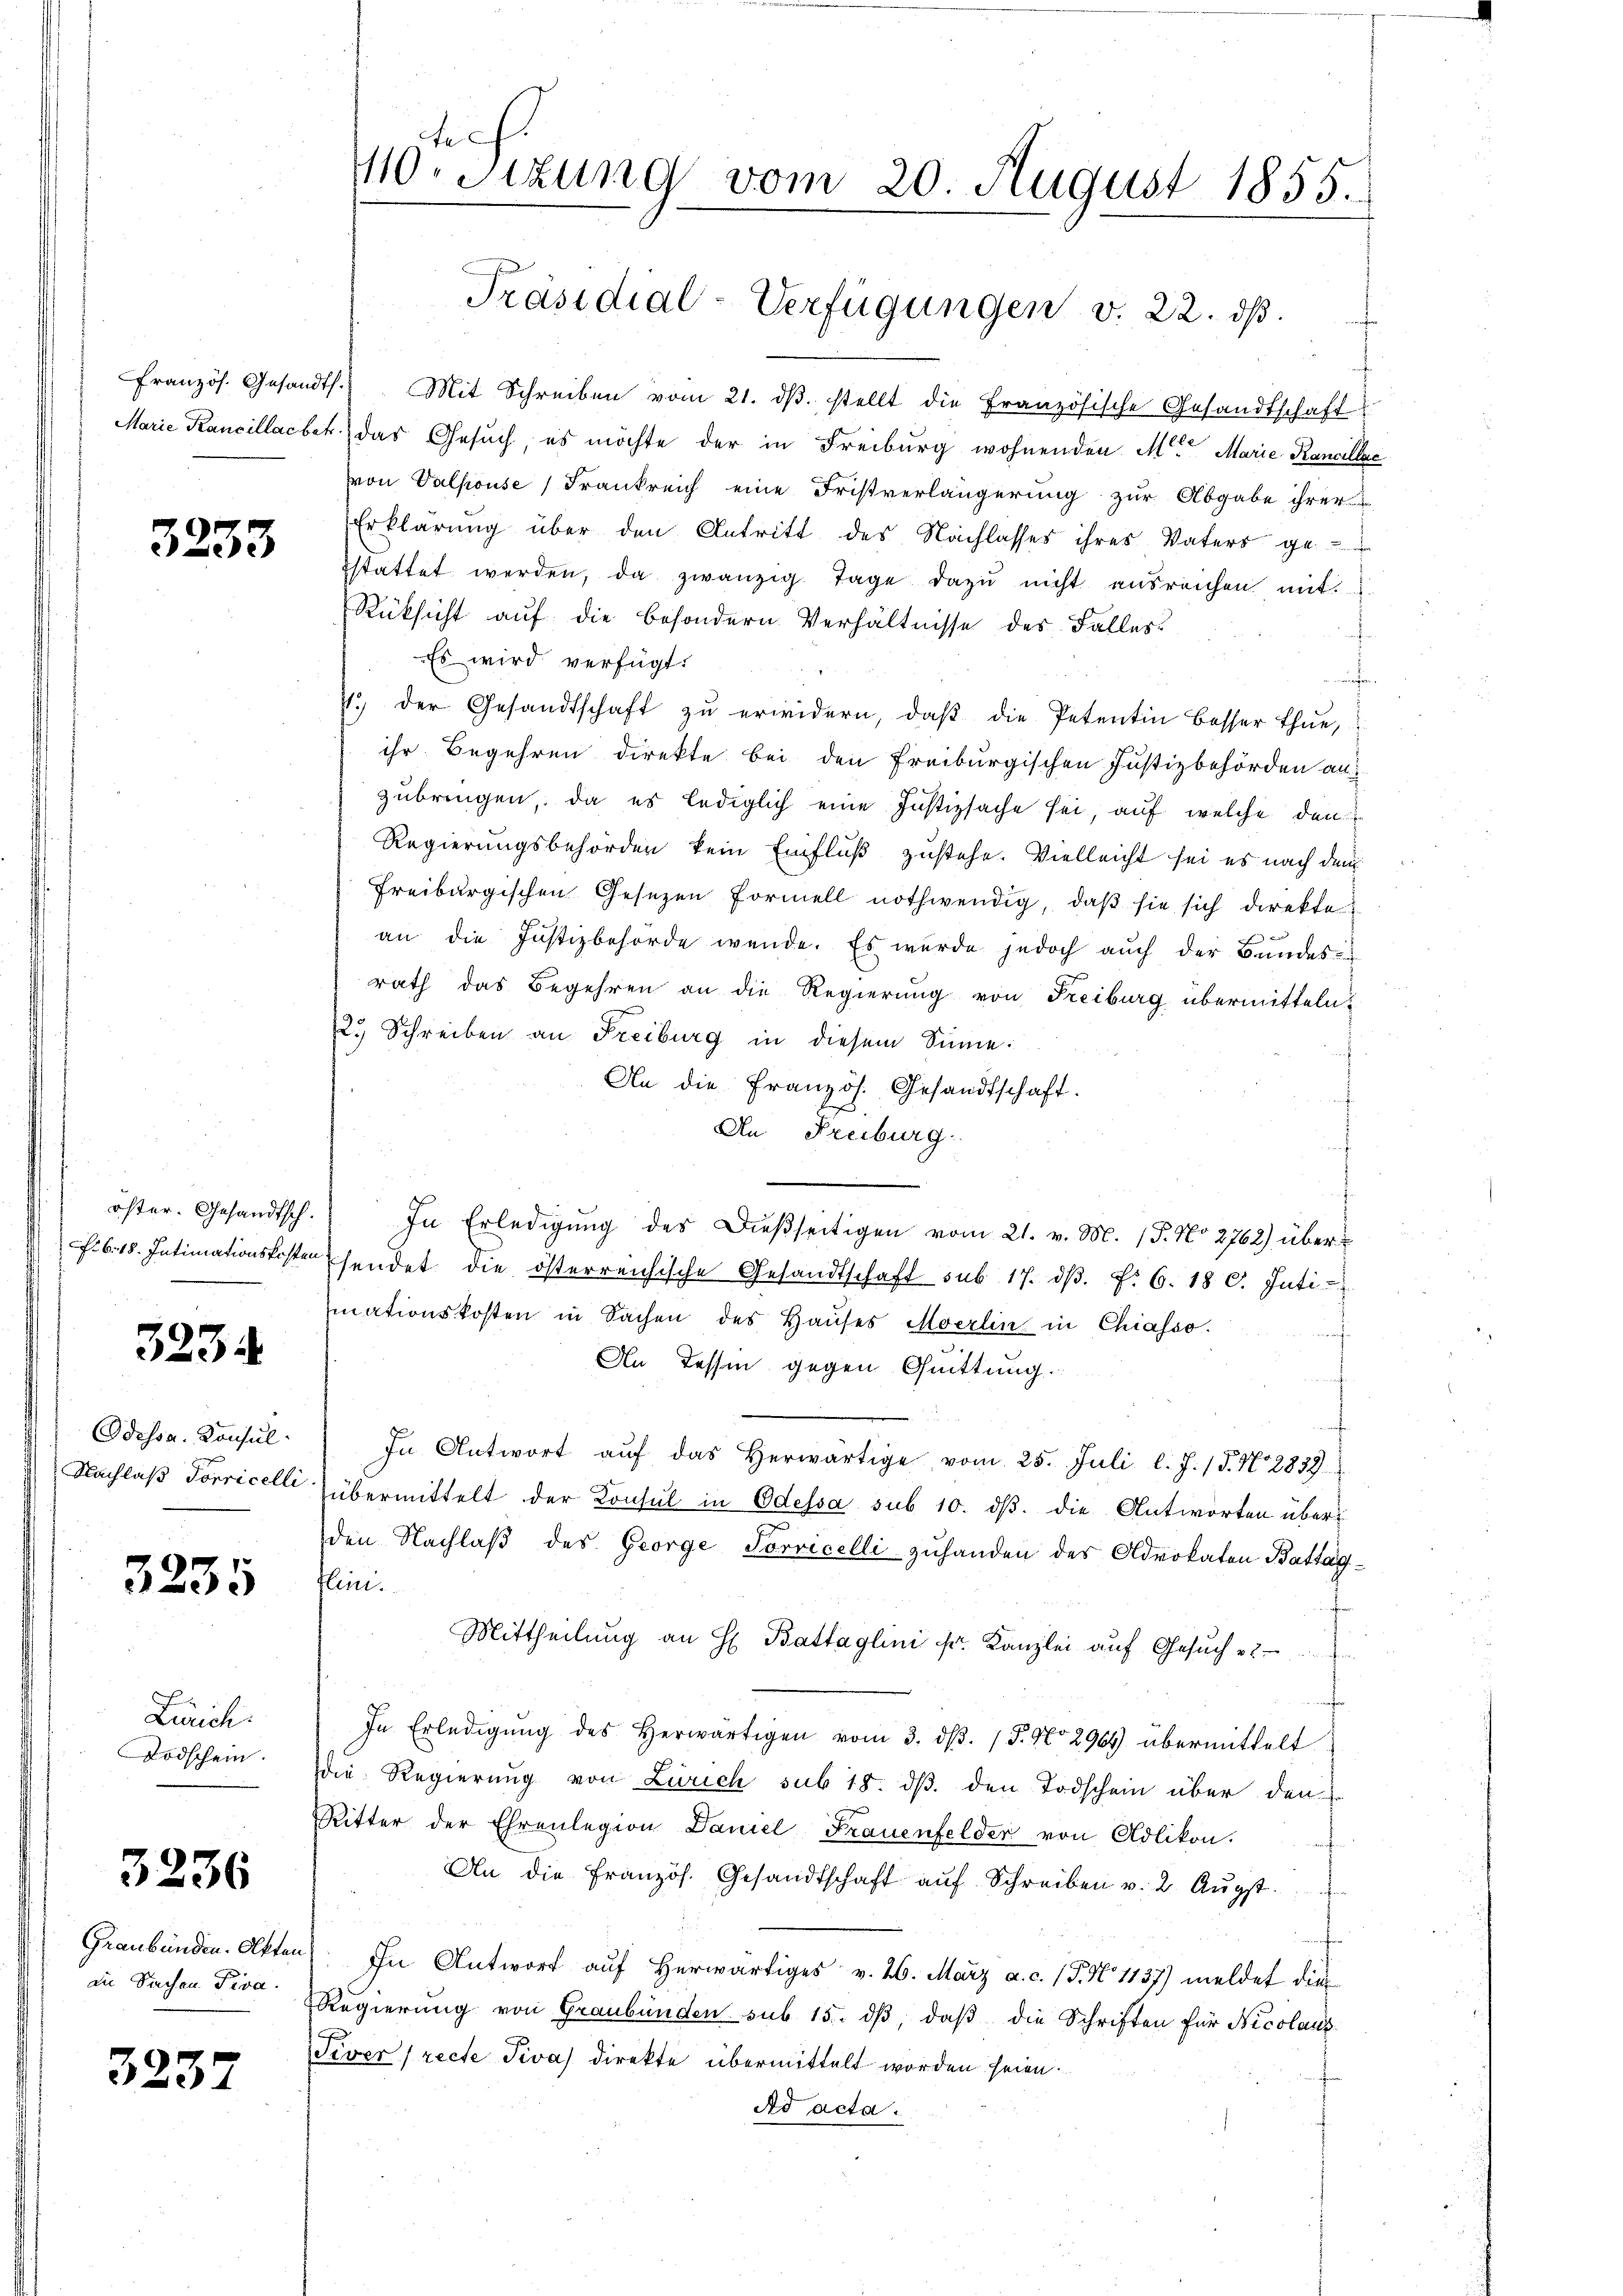
3233

323.

Odessa. Konsul
Nachlaß Torricelli

3235

Zürich.
Todschein.

3236

Graubünden. Akten
an Sichen Fiva.

323.

110. Sizung vom 20. August 1855.

Präsidial-Verfügungen v. 22. ds.

Französ. Gesandt. Mit Schreiben vom 21. dβ. stellt die Französische Gesandtschaft
Marie Kancillacbet das Gesuch, es möchte der in Freiburg wohnenden Mit Marie Kancellec
von Valpouse, Frankreich eine Fristverlängerung zur Abgabe ihrer
Erklärung über den Antritt des Nachlasses ihres Vaters ge-
stattet werden, da zwanzig Tage dazu nicht ausreichen mit
Rüksicht auf die besondern Verhältnisse des Falles
ewach e
Es wird verfügt:
nnchen.
4. der Gesandtschaft zŭ erwidern, daβ die Petentin besser thue,
ihr Begehren direkte bei den Freiburgischen Justizbehörden an:
zubringen, da es lediglich eine Justizsache sei, auf welche den
Regierungsbehörden kein Einfluß zustehe. Vielleicht sei es nach dem
Freiburgischen Gesezen Formell nothwendig, daβ sie sich direkte
an die Justizbehörde werde. Es wurde jedoch auch der Bundes-
rath das Begehren an die Regierung von Freiburg übermitteln
12. Schreiben an Freiburg in diesem Sinne:
An die Französ. Gesandtschaft.
An Freiburg
öfter. Gesandtsch. In Erledigŭng des dießseitigen vom 21. v. M. 15. No 2762) über¬
F.6. 18. Intimationskoster sendet die österreichische Gesandtschaft sub 17. dβ. f. 6. 180. Inti-
mationskosten in Sachen des Haŭses Moerlin in Chiasso.
f
An Tessin gegen Quittung.
In Antwort aŭf das herwärtige vom 25. Juli l. J. (T. N. 2839
übermittelt der Konsul in Odessa sub 10. ds. die Antworten überden Nachlaß des George Sorvicelli zuhanden des Advokaten Battag¬
Hini.
Mittheilung an H. Battaglini fr. Kanzlei auf Gesuch
In Erledigŭng des herwärtigen vom 3. dβ. / 5. No 2964 übermittelt
die Regierung von Zürich sub 18. dβ den Todschein über den
Ritter der Ehrenlegion Daniel Frauenfelder von Adlikon.
An die Französ. Gesandtschaft aŭf Schreiben v. 2. Aŭgst.
In Antwort auf herwärtiges v. 26. März a. c. (T. No 1137) meldet dies
Regierung von Graubünden sub 15. dβ, daβ die Schriften für Nicolaus¬
Siver (recte Tiva) direkte übermittelt worden seien.
Ad acta.